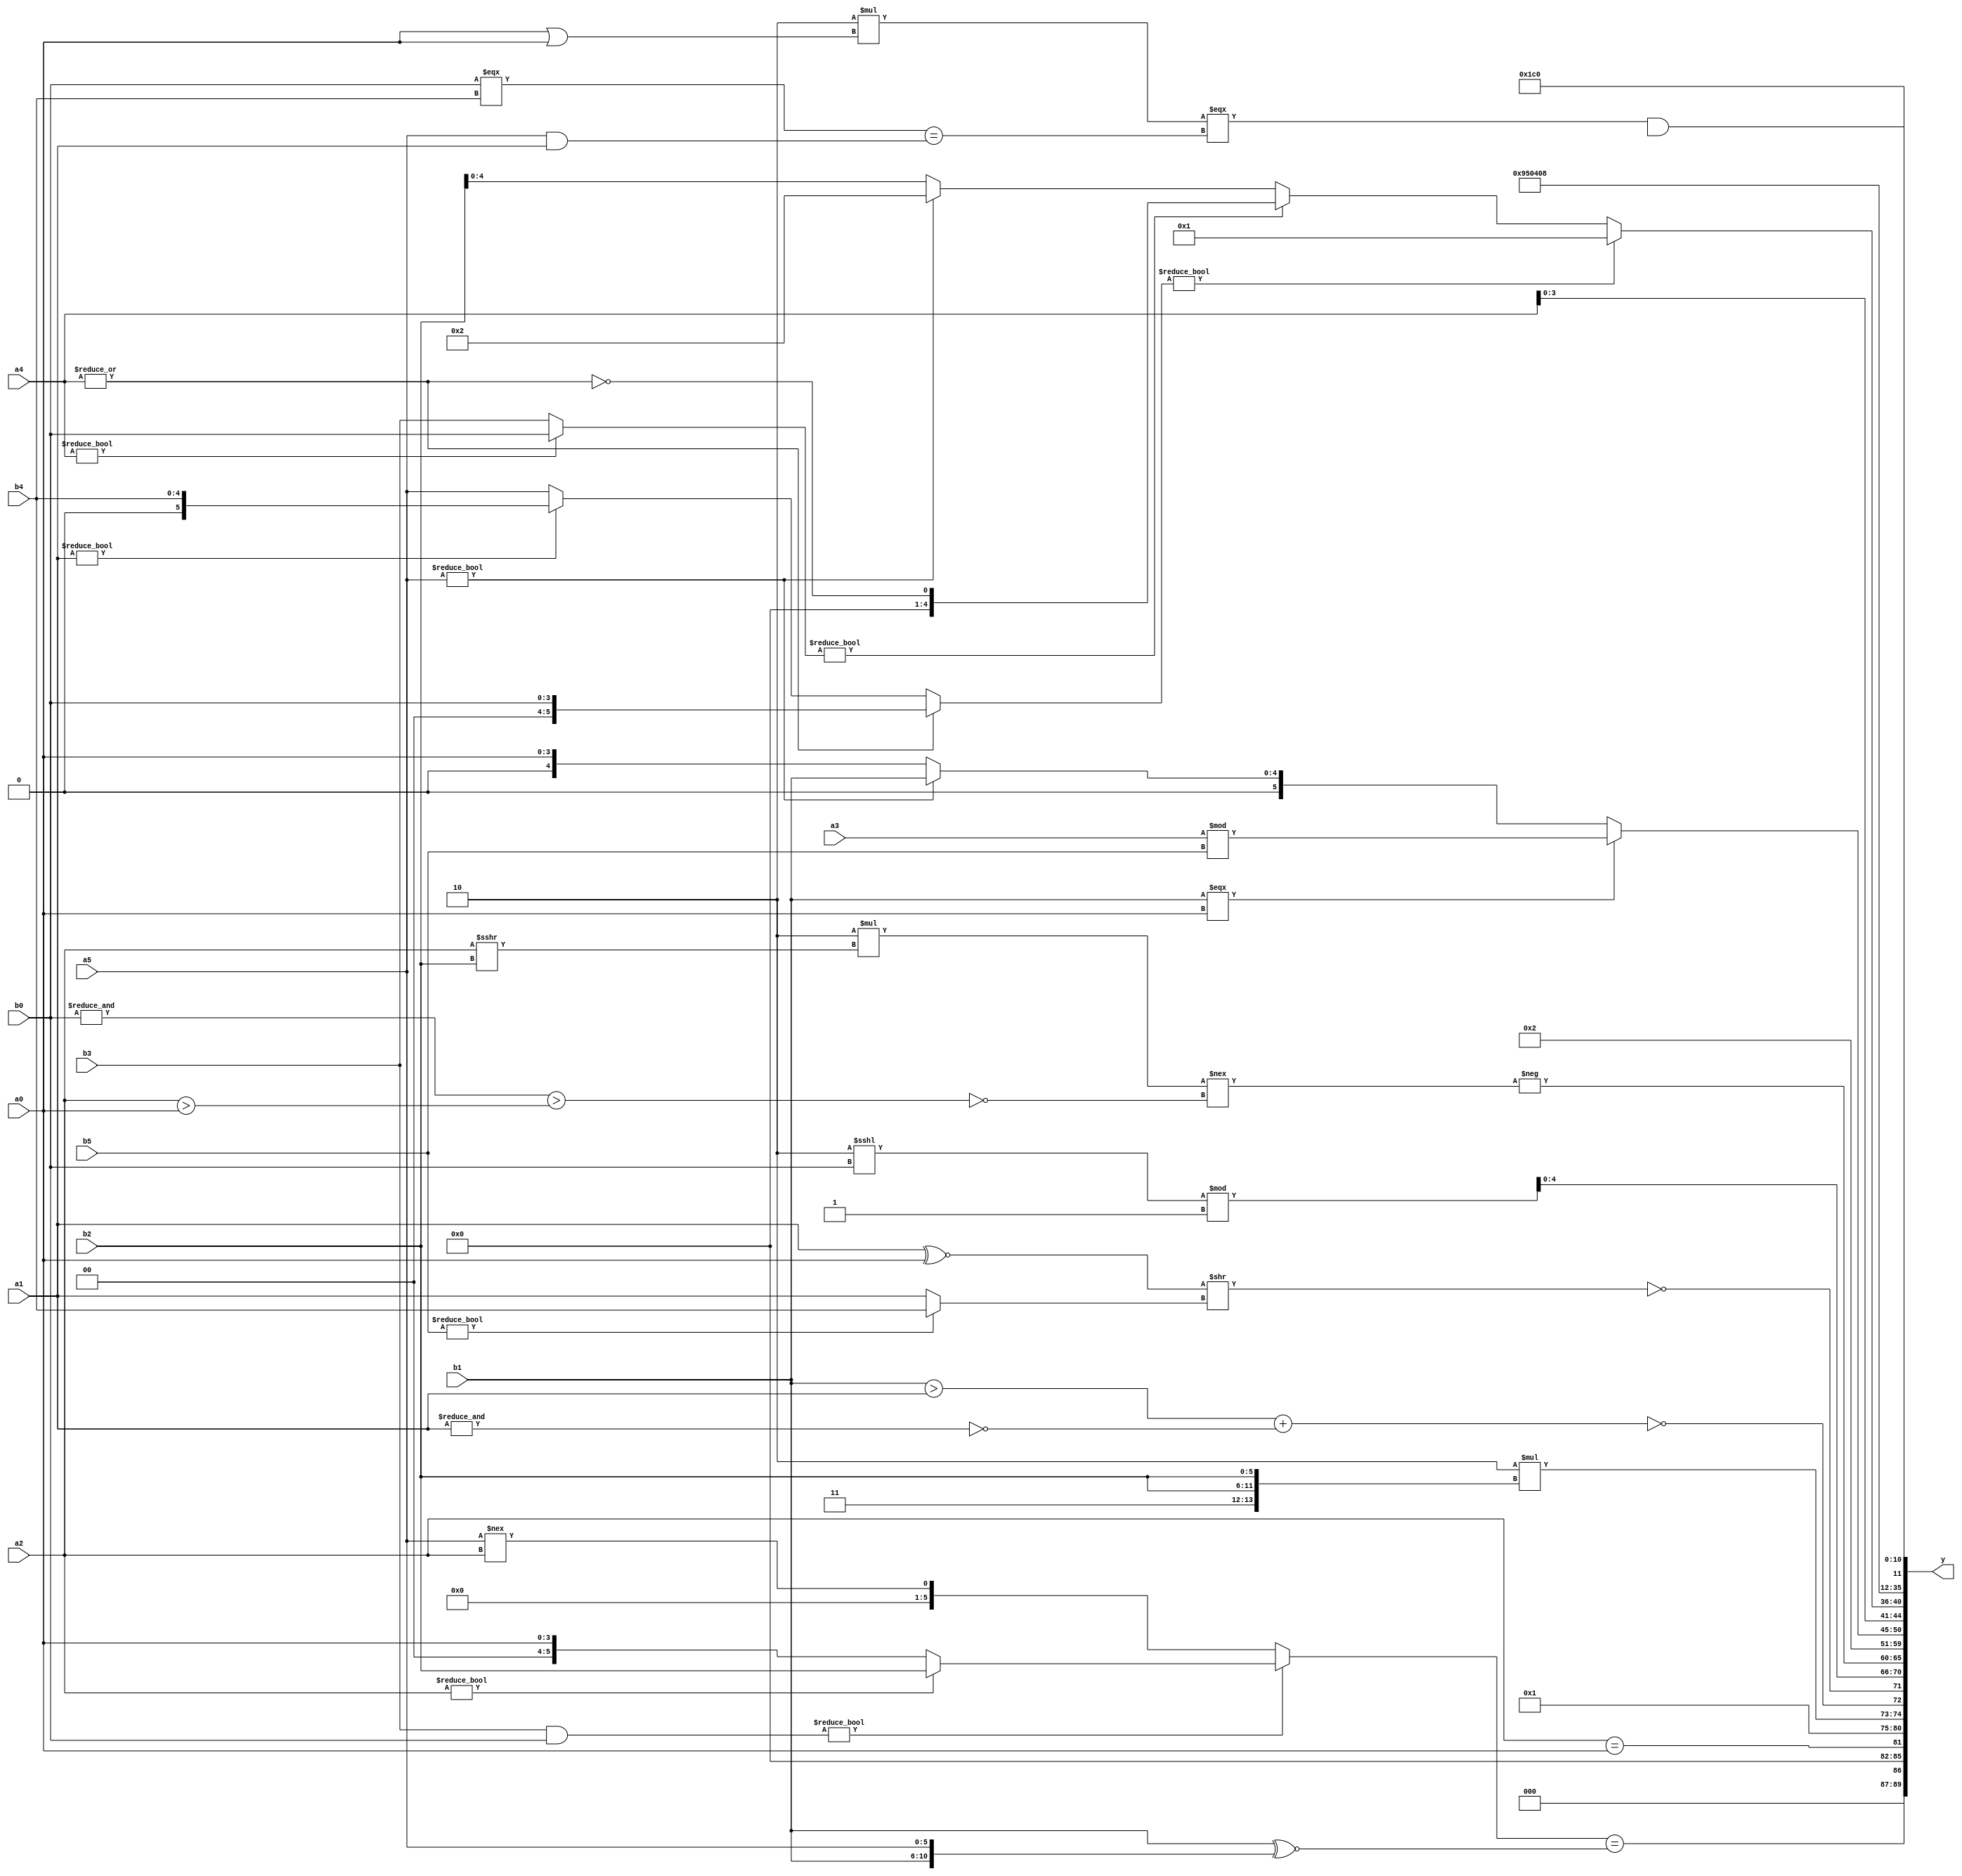
module expression_00699(a0, a1, a2, a3, a4, a5, b0, b1, b2, b3, b4, b5, y);
  input [3:0] a0;
  input [4:0] a1;
  input [5:0] a2;
  input signed [3:0] a3;
  input signed [4:0] a4;
  input signed [5:0] a5;

  input [3:0] b0;
  input [4:0] b1;
  input [5:0] b2;
  input signed [3:0] b3;
  input signed [4:0] b4;
  input signed [5:0] b5;

  wire [3:0] y0;
  wire [4:0] y1;
  wire [5:0] y2;
  wire signed [3:0] y3;
  wire signed [4:0] y4;
  wire signed [5:0] y5;
  wire [3:0] y6;
  wire [4:0] y7;
  wire [5:0] y8;
  wire signed [3:0] y9;
  wire signed [4:0] y10;
  wire signed [5:0] y11;
  wire [3:0] y12;
  wire [4:0] y13;
  wire [5:0] y14;
  wire signed [3:0] y15;
  wire signed [4:0] y16;
  wire signed [5:0] y17;

  output [89:0] y;
  assign y = {y0,y1,y2,y3,y4,y5,y6,y7,y8,y9,y10,y11,y12,y13,y14,y15,y16,y17};

  localparam [3:0] p0 = (3'd2);
  localparam [4:0] p1 = ({2{((3'd5)>>>(3'sd0))}}>>((!(-2'sd0))^(~|(-4'sd0))));
  localparam [5:0] p2 = ({2{((-3'sd3)>>>(2'd2))}}&&((!((5'd5)==(-3'sd0)))^~((-3'sd2)^(-2'sd1))));
  localparam signed [3:0] p3 = (((-4'sd0)!=(4'd12))!=={(3'sd0),(4'sd4),(5'd16)});
  localparam signed [4:0] p4 = ((^(3'sd0))?(&(4'sd6)):((-4'sd1)>(-4'sd0)));
  localparam signed [5:0] p5 = ((+(((4'sd1)!=(4'd14))<<<{1{{1{(-5'sd9)}}}}))>=(|{3{(-(3'd7))}}));
  localparam [3:0] p6 = ({(-5'sd11),(4'd12),(2'sd1)}&&((5'd11)&&(2'sd1)));
  localparam [4:0] p7 = (&((+(^(-5'sd14)))/(4'd9)));
  localparam [5:0] p8 = (-5'sd12);
  localparam signed [3:0] p9 = (-3'sd2);
  localparam signed [4:0] p10 = {(-3'sd2),(2'd2)};
  localparam signed [5:0] p11 = (3'sd1);
  localparam [3:0] p12 = ({4{{1{(3'd7)}}}}&({(-5'sd3),(4'd8),(5'd6)}>>>{(5'd14),(-3'sd2),(3'd1)}));
  localparam [4:0] p13 = {1{(4'd3)}};
  localparam [5:0] p14 = {3{(&(~^{3{(-3'sd3)}}))}};
  localparam signed [3:0] p15 = (~|(({2{(-5'sd13)}}>>(^(3'sd0)))?(!(~|(^(2'sd0)))):((&(3'sd2))===(|(-4'sd1)))));
  localparam signed [4:0] p16 = (3'sd2);
  localparam signed [5:0] p17 = (~&(~|(^(-3'sd1))));

  assign y0 = (((b3&b0)?(a2?b2:a0):(a5!==a2))==({1{b1}}^~{b1,a5}));
  assign y1 = (a2==a0);
  assign y2 = (+{2{p17}});
  assign y3 = {(4'd2 * {p13,b2,b2}),(~|(|((b1>a1)+(~&a1)))),(!((a1^~a0)>>(b5?b4:a1)))};
  assign y4 = ((p0<<<b0)%p2);
  assign y5 = (-((4'd2 * (a2>>>b2))!==(~^((&b0)>(a2>a0)))));
  assign y6 = $signed((!(~|(4'd2 * (p2?p12:p8)))));
  assign y7 = (3'd2);
  assign y8 = ((b1===a0)?(a3%b5):(a5?b1:a0));
  assign y9 = {(b0),(+a1),{2{a4}}};
  assign y10 = (((~|a4)?(a1?b4:a5):(+b0))?(~&((b5?b0:b0)?(a1?b1:a3):(p12?a5:a3))):((a4?b0:b3)?(~|a4):(a5?p0:b2)));
  assign y11 = (~({{{(-5'sd6)}}}-(&(2'sd1))));
  assign y12 = {(4'sd4)};
  assign y13 = (3'sd2);
  assign y14 = ((~^(2'sd0)));
  assign y15 = (((4'd2 * (a0|a0))===((b0===b4)==(a5&&a1)))&&((p2&&b2)/p5));
  assign y16 = {3{(-{1{(|{p11,b0,p17})}})}};
  assign y17 = ({{(b3||p12),(2'd1)},((5'sd10)<<(p16?p16:p12))}<<<(5'd8));
endmodule